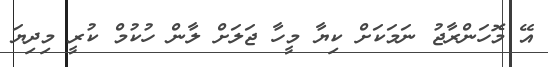
އޭ މޮހަންރާޖު ނަމަކަށް ކިޔާ މީހާ ޖަލަށް ލާން ހުކުމް ކުރީ މިދިޔަ